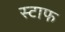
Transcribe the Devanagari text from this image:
स्टाफ